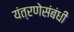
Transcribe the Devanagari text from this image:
यंत्रणेसंबंधी